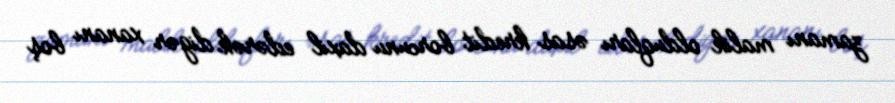
zamanı malik olduqları əsas kredit borcunu daxil edərək digər xananı boş